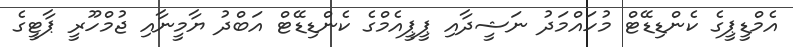
އެމްޑީޕީގެ ކެންޑިޑޭޓް މުހައްމަދު ނަޝީދާއި ޕީޕީއެމްގެ ކެންޑިޑޭޓް އަބްދު ޔާމީނާއި ޖުމްހޫރީ ޕާޓީގެ